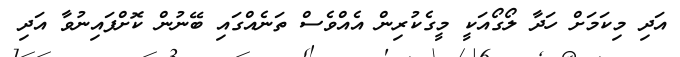
އަދި މިކަމަށް ހަދާ ލޯގޯއަކީ މީގެކުރިން އެއްވެސް ތަނެއްގައި ބޭނުން ކޮށްފައިނުވާ އަދި